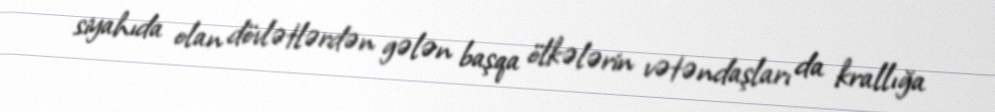
siyahıda olan dövlətlərdən gələn başqa ölkələrin vətəndaşları da krallığa